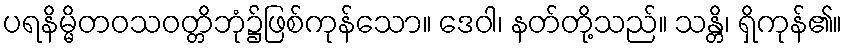
ပရနိမ္မိတဝသဝတ္တိဘုံ၌ဖြစ်ကုန်သော။ ဒေဝါ၊ နတ်တို့သည်။ သန္တိ၊ ရှိကုန်၏။